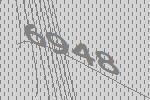
6948